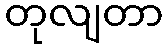
တုလျတာ